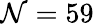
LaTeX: \mathcal{N}=59